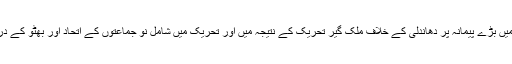
تیسرے فوجی حکمران جنرل ضیا نے، ۷۷ کے عام انتخابات میں بڑے پیمانہ پر دھاندلی کے خلاف ملک گیر تحریک کے نتیجہ میں اور تحریک میں شامل نو جماعتوں کے اتحاد اور بھٹو کے درمیان مذاکرات کی ناکامی کے بعد اقتدار اپنے ہاتھ میں لیا تھا۔